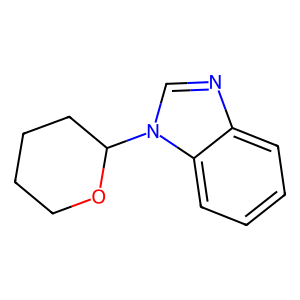
SMILES: c1ccc2c(c1)ncn2C1CCCCO1
Inhibits HIV replication: No